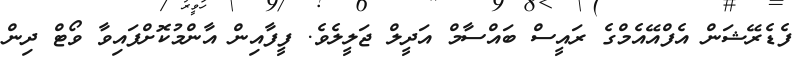
ފެޑެރޭޝަން އެފްއޭއެމްގެ ރައީސް ބައްސާމް އަދީލް ޖަލީލެވެ. ފީފާއިން އާންމުކޮށްފައިވާ ވޯޓް ދިން